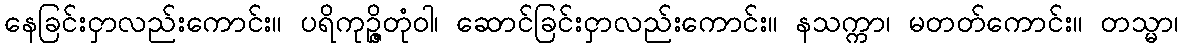
နေခြင်းငှာလည်းကောင်း။ ပရိကုဉ္ဇိတုံဝါ၊ ဆောင်ခြင်းငှာလည်းကောင်း။ နသက္ကာ၊ မတတ်ကောင်း။ တသ္မာ၊